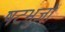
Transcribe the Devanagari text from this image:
षटभुजों